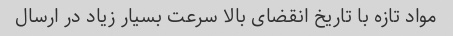
مواد تازه با تاریخ انقضای بالا سرعت بسیار زیاد در ارسال